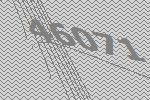
46071